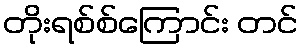
တိုးရစ်စ်ကြောင်း တင်